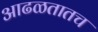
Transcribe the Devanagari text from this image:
आढळतातच